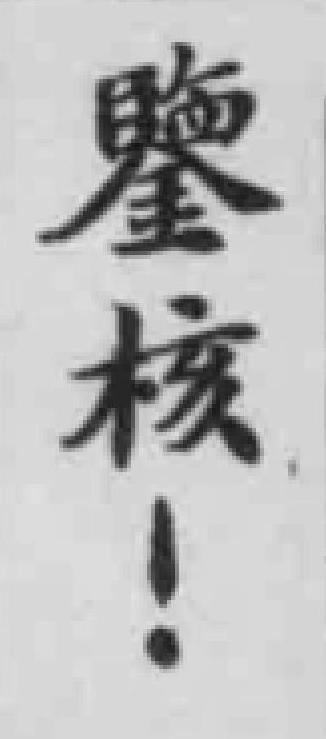
鑒核！